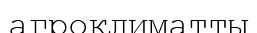
агроклиматты